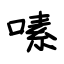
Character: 嗉